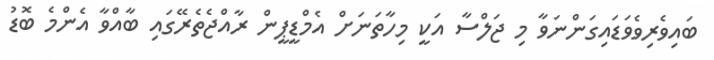
ބައިވެރިވެވަޑައިގަންނަވާ މި ޖަލްސާ އަކީ މިހާތަނަށް އެމްޑީޕީން ރާއްޖެތެރޭގައި ބާއްވާ އެންމެ ބޮޑު